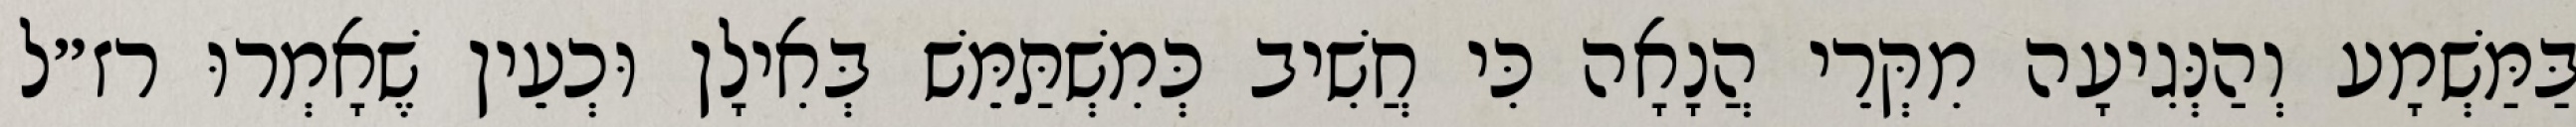
בַּמַּשְׁמָע וְהַנְּגִיעָה מִקְּרֵי הֲנָאָה כִּי חֲשִׁיב כְּמִשְׁתַּמֵּשׁ בְּאִילָן וּכְעֵין שֶׁאָמְרוּ רז״ל